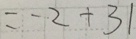
= - 2 + 3 1